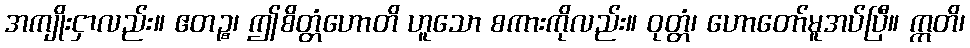
အကျိုးငှာလည်း။ ဧတဉ္စ၊ ဤစိတ္တံဟောတိ ဟူသော စကားကိုလည်း။ ဝုတ္တံ၊ ဟောတော်မူအပ်ပြီ။ ဣတိ၊